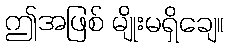
ဤအဖြစ် မျိုးမရှိချေ။